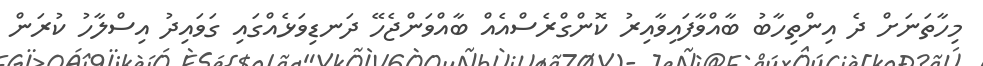
މިހާތަނަށް ދެ އިންތިހާބު ބާއްވާފައިވާއިރު ކޮންގްރެސްއެއް ބާއްވަންޖެހޭ ދަނޑިވަޅެއްގައި ގަވައިދު އިސްލާހު ކުރަން